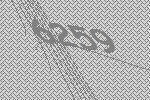
6259